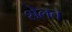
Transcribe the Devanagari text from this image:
शेलत